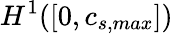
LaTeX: H^{1}([0,c_{s,max}])